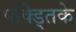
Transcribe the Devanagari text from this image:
पक्ड्तिके